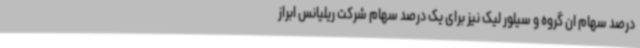
درصد سهام ان گروه و سیلور لیک نیز برای یک درصد سهام شرکت ریلیانس ابراز